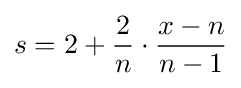
s=2+{\frac {2}{n}}\cdot {\frac {x-n}{n-1}}